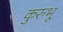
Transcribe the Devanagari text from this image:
कुरुभू